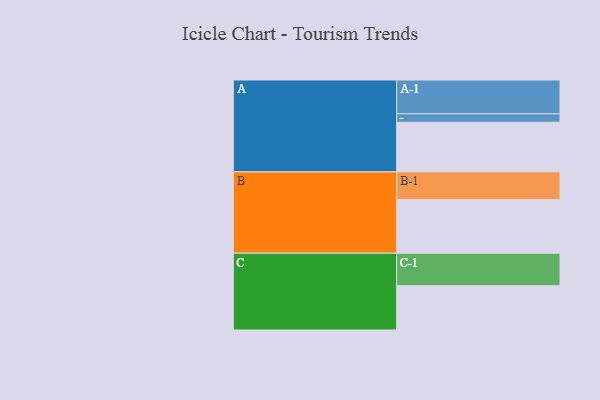
{"axis": {"x": "Segment", "y": "Value"}, "legend": ["", "A", "B", "C"], "data": [{"x": "A", "y": 336, "type": ""}, {"x": "B", "y": 363, "type": ""}, {"x": "C", "y": 300, "type": ""}, {"x": "A-1", "y": 229, "type": "A"}, {"x": "A-2", "y": 57, "type": "A"}, {"x": "B-1", "y": 188, "type": "B"}, {"x": "C-1", "y": 220, "type": "C"}]}